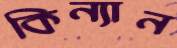
কিন্যান